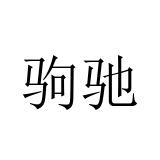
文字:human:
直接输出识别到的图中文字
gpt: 驹驰